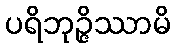
ပရိဘုဉ္ဇိဿာမိ